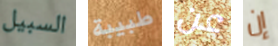
السبيل طبيبة عن إن